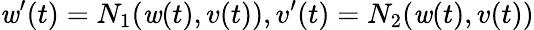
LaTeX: \mathit{w}^{\prime}(t)=N_{1}(\mathit{w}(t),v(t)),v^{\prime}(t)=N_{2}(\mathit{w}(t),v(t))